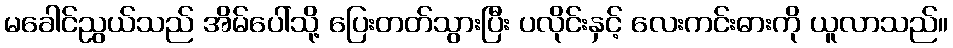
မခေါင်ညွယ်သည် အိမ်ပေါ်သို့ ပြေးတတ်သွားပြီး ပလိုင်းနှင့် လေးကင်းဓားကို ယူလာသည်။